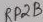
Text: RP2B